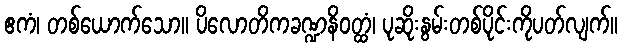
ဧကံ၊ တစ်ယောက်သော။ ပိလောတိကခဏ္ဍနိဝတ္ထံ၊ ပုဆိုးနွမ်းတစ်ပိုင်းကိုပတ်လျက်။